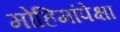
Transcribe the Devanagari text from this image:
मोहिमांपेक्षा